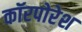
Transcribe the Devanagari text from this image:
कॉरपोरेश